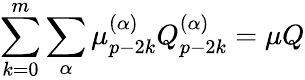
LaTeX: \sum_{k=0}^{m}\sum_{\alpha}\mu_{p-2k}^{(\alpha)}Q_{p-2k}^{(\alpha)}=\mu Q